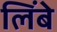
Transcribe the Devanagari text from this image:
लिंबे